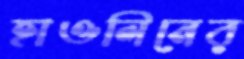
হাওলিনের